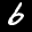
Label: 6